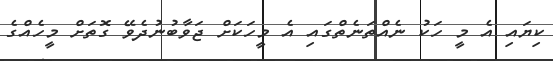
ކިޔައި އެ މީ ހަކު ނެއްތަނެތްގައި އެ މީހަކަށް ޖަވާބުނުދެވޭ ގޮތަށް މީހެއްގެ